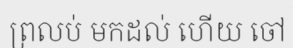
ព្រលប់ មកដល់ ហើយ ចៅ